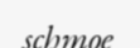
schmoe